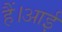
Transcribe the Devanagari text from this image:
हैं।आई